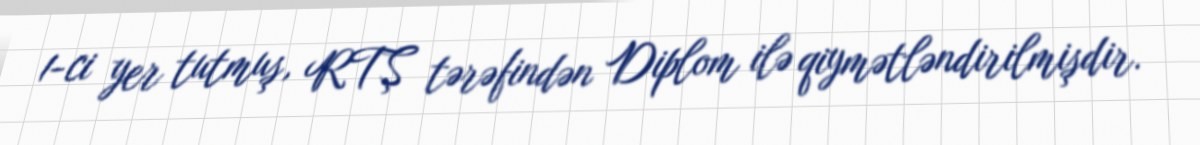
1-ci yer tutmuş, RTŞ tərəfindən Diplom ilə qiymətləndirilmişdir.